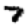
Digit: 7